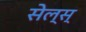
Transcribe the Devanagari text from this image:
सेल्स्